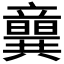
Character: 𥫈